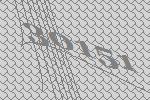
30151